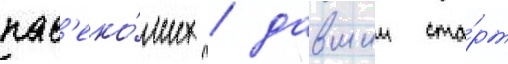
нас'еко́мых / давшии ста́рт